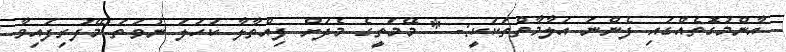
އާންމުގޮތެއްގައި ފެންނަ އަލާމާތްތަކަކީ:- * މޭމަތީގެ މެދަށް ފިއްތާލާ ކަހަލަ ނުވަތަ މޭފުރިފައިވާ